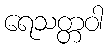
ရေသတ္တဝါ